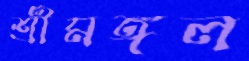
শ্রীমঙ্গল